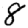
Digit: 8